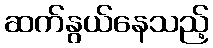
ဆက်နွယ်နေသည့်